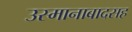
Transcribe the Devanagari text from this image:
उस्मानाबादसह